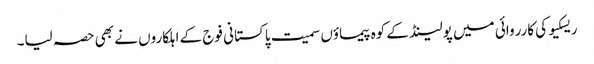
ریسکیو کی کارروائی میں پولینڈ کے کوہ پیماؤں سمیت پاکستانی فوج کے اہلکاروں نے بھی حصہ لیا۔